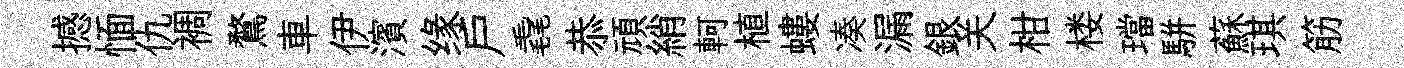
撼愐仇裯鶩車伊濱缘戶毳恭頑綃軻植螻凑漏銀关柑楼璫駢蘇琪筋